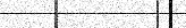
٨٧